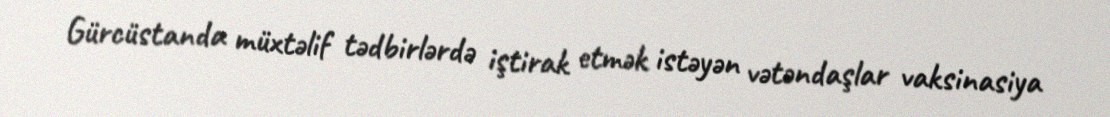
Gürcüstanda müxtəlif tədbirlərdə iştirak etmək istəyən vətəndaşlar vaksinasiya